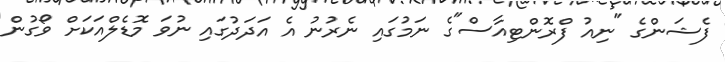
ފެޝަންގެ "ނިއު ފްރޮންޓިއާސް"ގެ ނަމުގައި ނެރުނު އެ އަދަދުގައި ނުވަ މޮޑެލްއަކަށް ވޯގުން